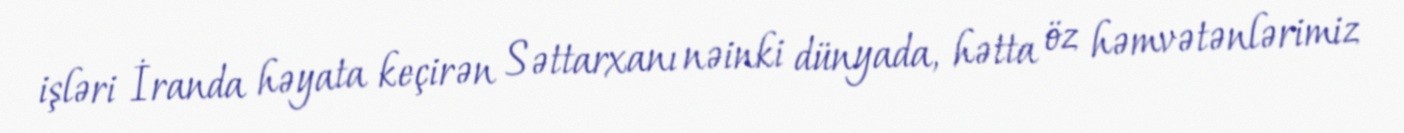
işləri İranda həyata keçirən Səttarxanı nəinki dünyada, hətta öz həmvətənlərimiz